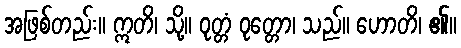
အဖြစ်တည်း။ ဣတိ၊ သို့။ ဝုတ္တံ ဝုတ္တော၊ သည်။ ဟောတိ၊ ၏။